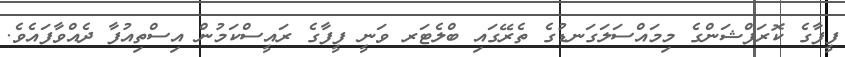
ފީފާގެ ކޮރަޕްޝަންގެ މިމައްސަލަގަނޑުގެ ތެރޭގައި ބްލެޓަރ ވަނީ ފީފާގެ ރައީސްކަމުން އިސްތިއުފާ ދެއްވާފައެވެ.